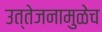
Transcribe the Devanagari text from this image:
उत्तेजनामुळेच